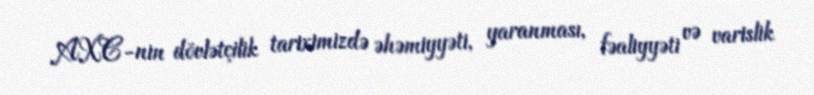
AXC-nin dövlətçilik tariximizdə əhəmiyyəti, yaranması, fəaliyyəti və varislik